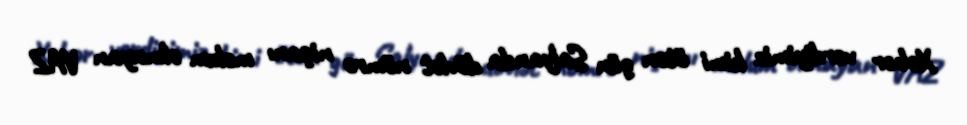
Xəbər verdiyimiz kimi ötən gün Salyanda dövlət nömrə nişanı məlum olmayan VAZ